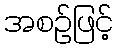
အစဉ်ဖြင့်